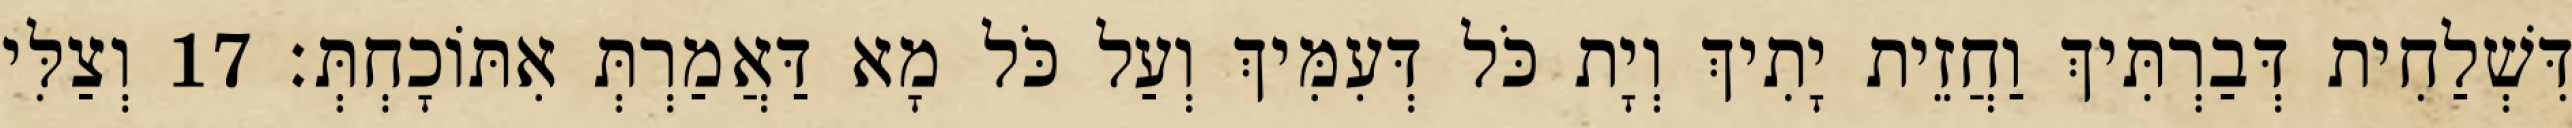
דִּשְׁלַחִית דְּבַרְתִּיךְ וַחֲזֵית יָתִיךְ וְיָת כֹּל דְּעִמִּיךְ וְעַל כֹּל מָא דַּאֲמַרְתְּ אִתּוֹכָחְתְּ׃ 17 וְצַלִּי